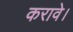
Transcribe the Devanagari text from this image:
करावे।